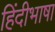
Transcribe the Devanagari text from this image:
हिंदीभाषा